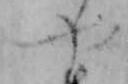
や